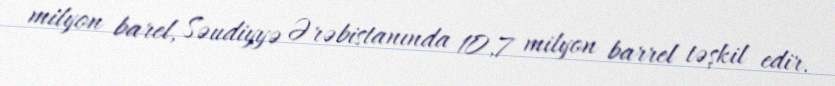
milyon barel, Səudiyyə Ərəbistanında 10,7 milyon barrel təşkil edir.